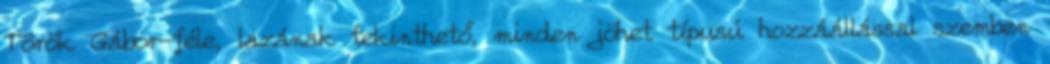
Török Gábor-féle, lazának tekinthető, minden jöhet típusú hozzáállással szemben